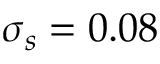
\sigma _ { s } = 0 . 0 8